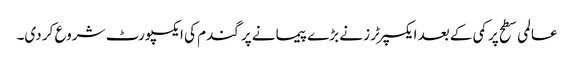
عالمی سطح پر کمی کے بعد ایکسپرٹرز نے بڑے پیمانے پر گندم کی ایکسپورٹ شروع کر دی۔